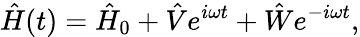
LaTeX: \hat{H}(t)=\hat{H}_{0}+\hat{V}e^{i\omega t}+\hat{W}e^{-i\omega t},